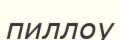
пиллоу